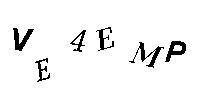
VE4EMP